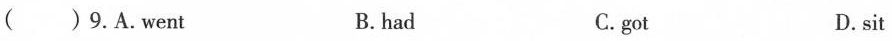
( )9.A.Went B.had C.got D.sit